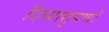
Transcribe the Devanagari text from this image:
दिव्यासुपर्णा